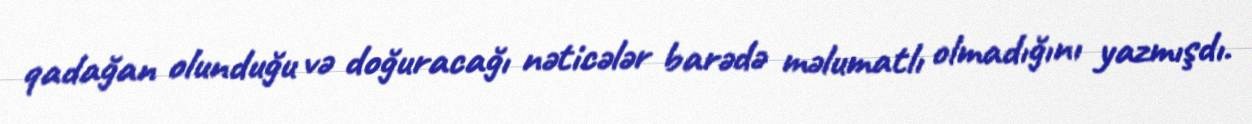
qadağan olunduğu və doğuracağı nəticələr barədə məlumatlı olmadığını yazmışdı.